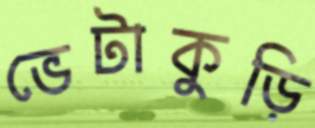
ভেটাকুড়ি